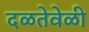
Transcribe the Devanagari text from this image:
दळतेवेळी